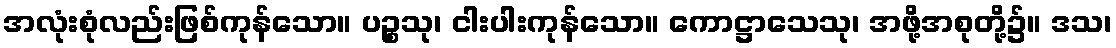
အလုံးစုံလည်းဖြစ်ကုန်သော။ ပဉ္စသု၊ ငါးပါးကုန်သော။ ကောဋ္ဌာသေသု၊ အဖို့အစုတို့၌။ ဒသ၊